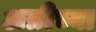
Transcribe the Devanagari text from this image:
अत्रीच्या